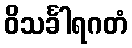
ဝိသင်္ခါရဂတံ